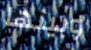
وبينها